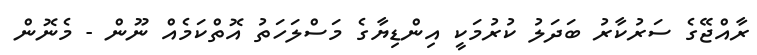
ރާއްޖޭގެ ސަރުކާރު ބަދަލު ކުރުމަކީ އިންޑިޔާގެ މަސްލަހަތު އޮތްކަމެއް ނޫން - މެނޮން